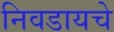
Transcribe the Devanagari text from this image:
निवडायचे